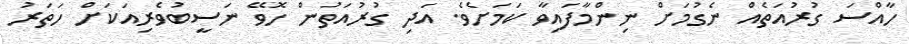
ހާއްސަ ގުރުއަތެއް ނެގުމަށް ނިންމާފައިވާ ކަމަށެވެ. އަދި ގުރުއަތުން ހޮވޭ ނަސީބުވެރިއަކަށް ހަތަރު